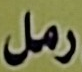
رمل